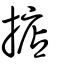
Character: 掂